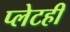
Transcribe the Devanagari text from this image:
प्लेटही